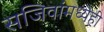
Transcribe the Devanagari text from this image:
सजिवांमध्येही